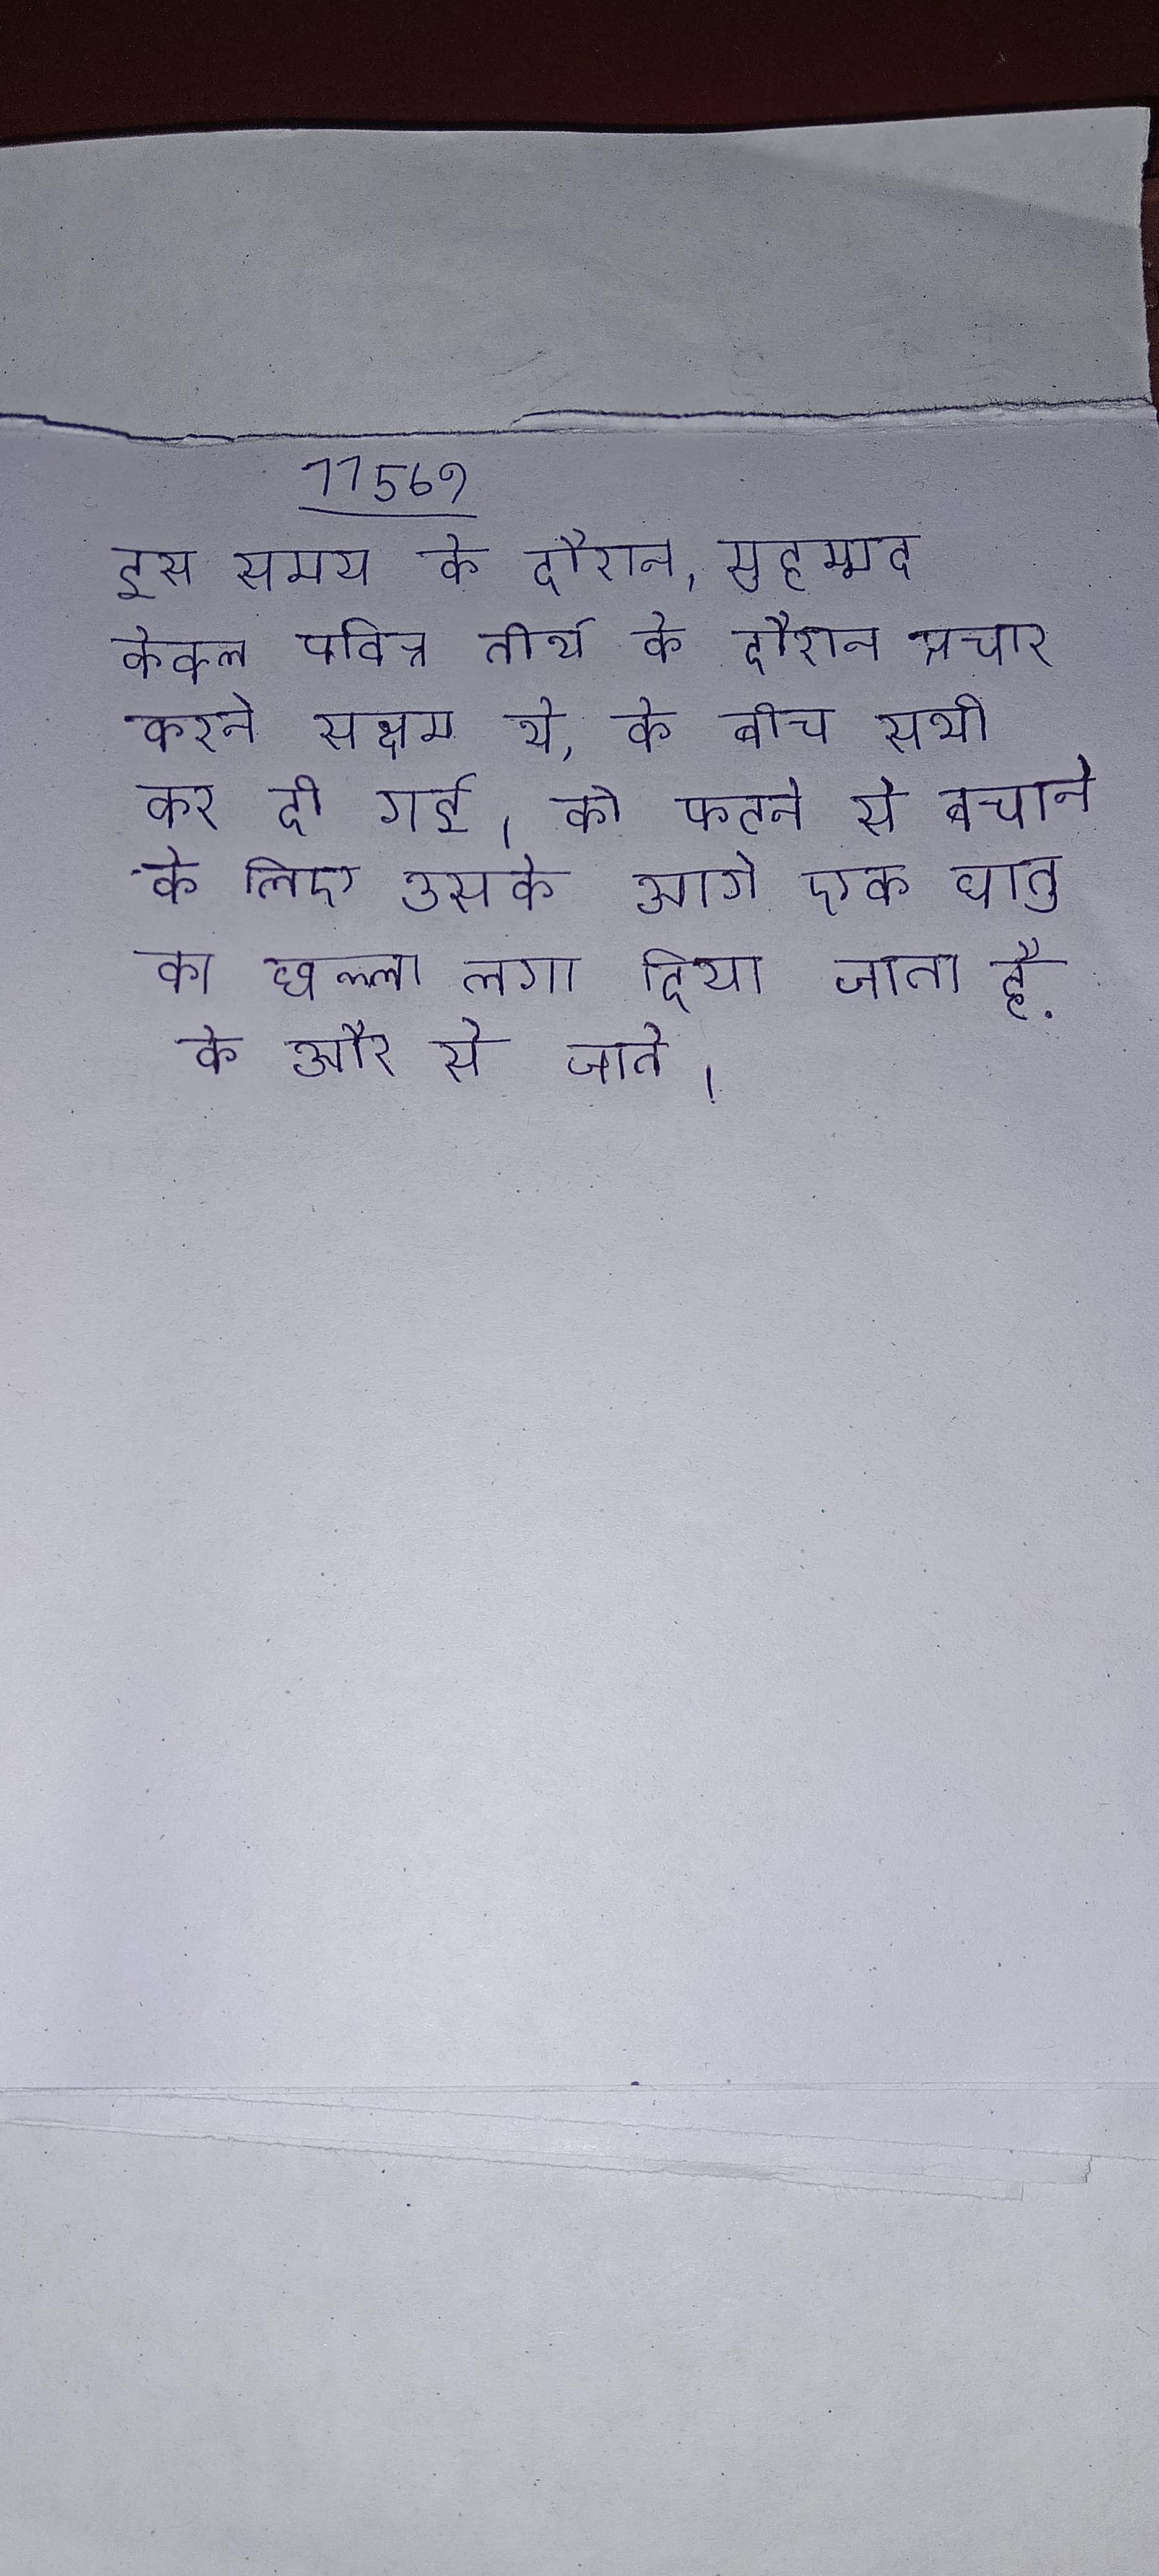
इस समय के दौरान, मुहम्मद केवल पवित्र तीर्थ के दौरान प्रचार करने सक्षम थे, के बीच सभी कर दी गई । को फटने से बचाने के लिए उसके आगे एक धातु का छल्ला लगा दिया जाता है . के और से जाते ।